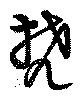
梵